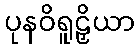
ပုနဝိရူဠှိယာ